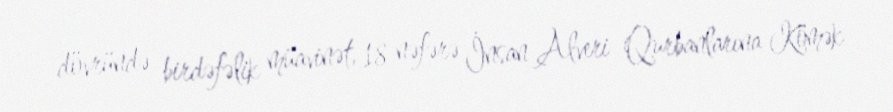
dövründə birdəfəlik müavinət, 18 nəfərə İnsan Alveri Qurbanlarına Kömək